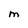
Character: M